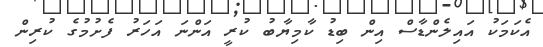
އެކަމަކު އައިލެންޑާސް އިން ބިޑު ކާމިޔާބު ކުރީ އަންނަ އަހަރު ފެށުމުގެ ކުރިން